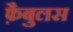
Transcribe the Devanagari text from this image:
फ़ैबुलस